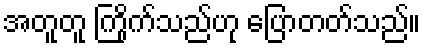
အတူတူ ကြိုက်သည်ဟု ပြောတတ်သည်။